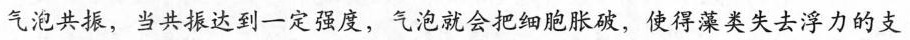
气泡共，当共振达到一定强度，气泡就会把细胞胀破，使得藻类失去浮力的支